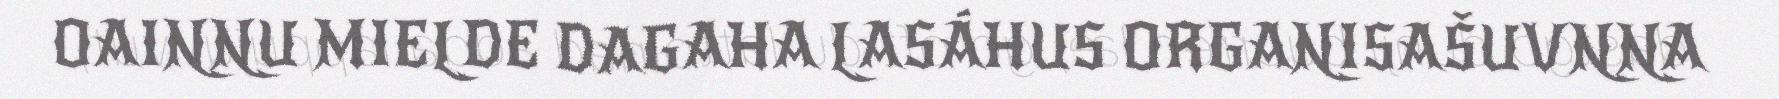
OAINNU MIELDE DAGAHA LASÁHUS ORGANISAŠUVNNA